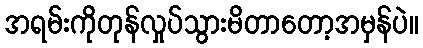
အရမ်းကိုတုန်လှုပ်သွားမိတာတော့အမှန်ပဲ။